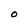
Character: O